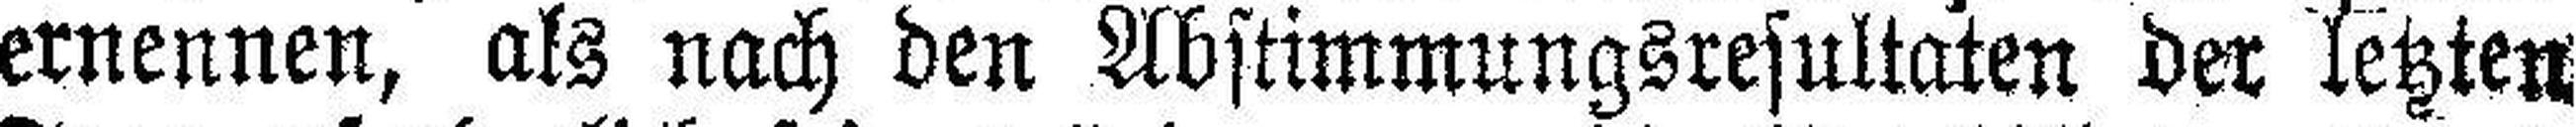
ernennen, als nach den Abstimmungsresultaten der letzten